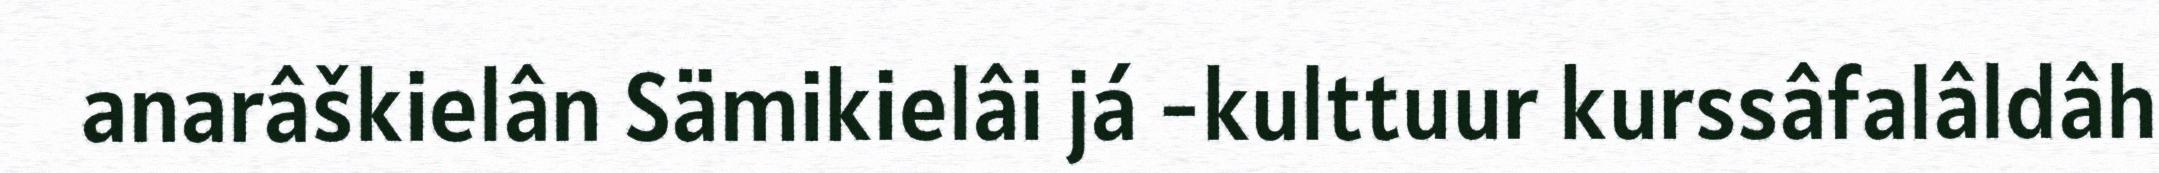
anarâškielân Sämikielâi já -kulttuur kurssâfalâldâh